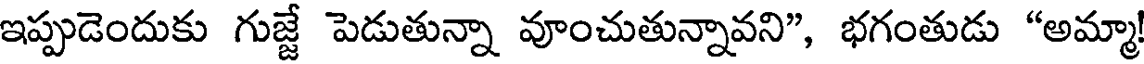
ఇప్పుడెందుకు గుజ్జే పెడుతున్నా వూంచుతున్నావని", భగంతుడు "అమ్మా